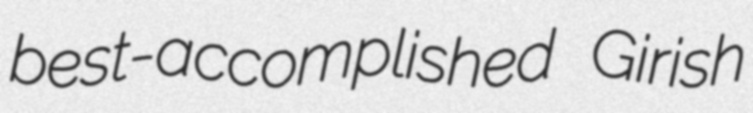
best-accomplished Girish